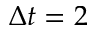
\Delta t = 2